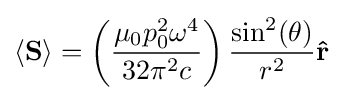
\langle \mathbf {S} \rangle =\left({\frac {\mu _{0}p_{0}^{2}\omega ^{4}}{32\pi ^{2}c}}\right){\frac {\sin ^{2}(\theta )}{r^{2}}}\mathbf {\hat {r}}